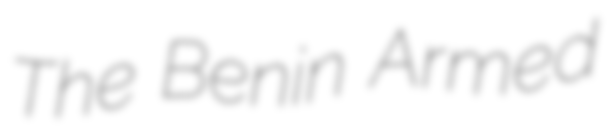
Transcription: The Benin Armed